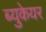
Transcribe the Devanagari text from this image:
ब्युकेयर